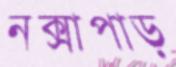
নক্সাপাড়